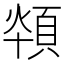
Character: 𩒪